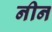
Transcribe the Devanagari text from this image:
नीन